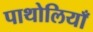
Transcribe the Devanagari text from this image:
पाथोलियाँ